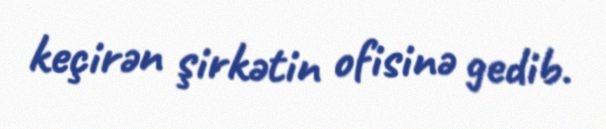
keçirən şirkətin ofisinə gedib.